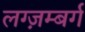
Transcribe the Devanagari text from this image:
लग्ज़म्बर्ग